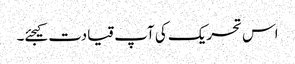
اس تحریک کی آپ قیادت کیجئے۔